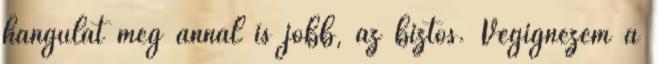
hangulat még annál is jobb, az biztos. Végignézem a